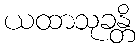
ယထာသုခန္တိ